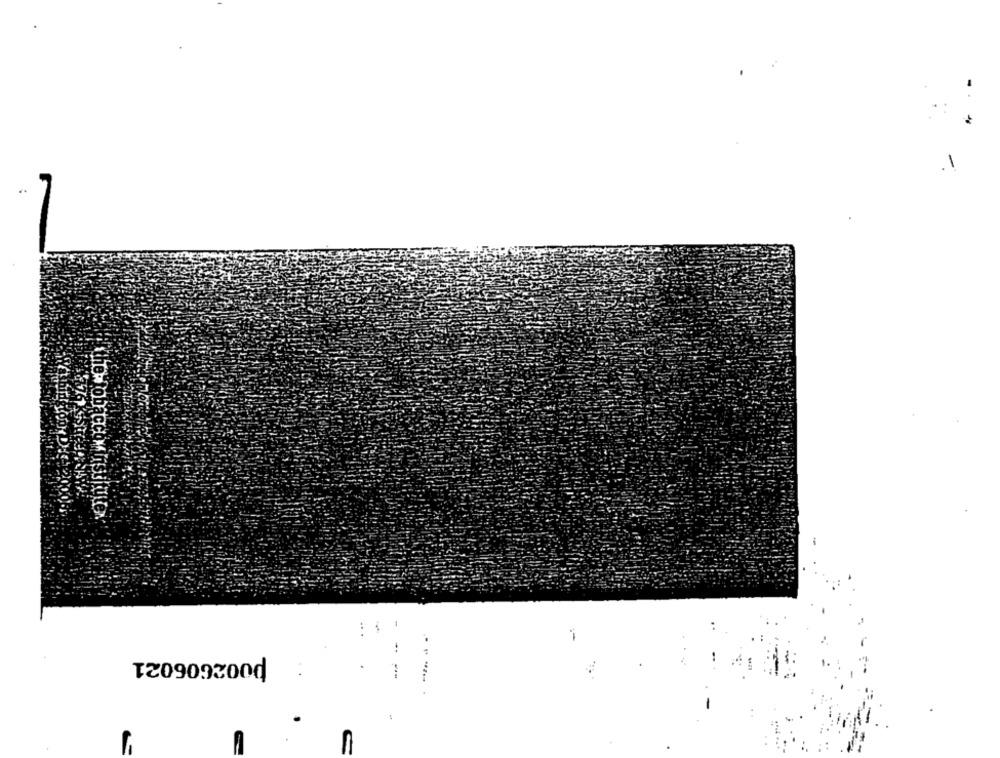
the tobacco institute.
p002606021